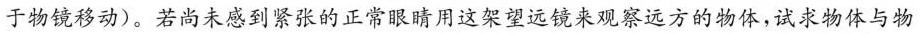
于物镜移动)。若尚未感到紧张的正常眼睛用这架望远镜来观察远方的物体，试求物体与物